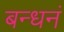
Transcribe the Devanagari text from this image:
बन्धनं